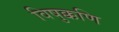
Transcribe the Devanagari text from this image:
विषुक्कणि